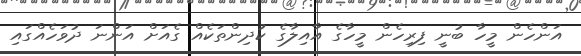
އަންހެން މީހާ ބުނީ ފިރިހެން މީހާގެ އާއިލާގެ ކުދިންތަކެއް ގެއަށް އަންނަ ދުވަހެއްގައި